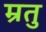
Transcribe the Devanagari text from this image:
म्रतु